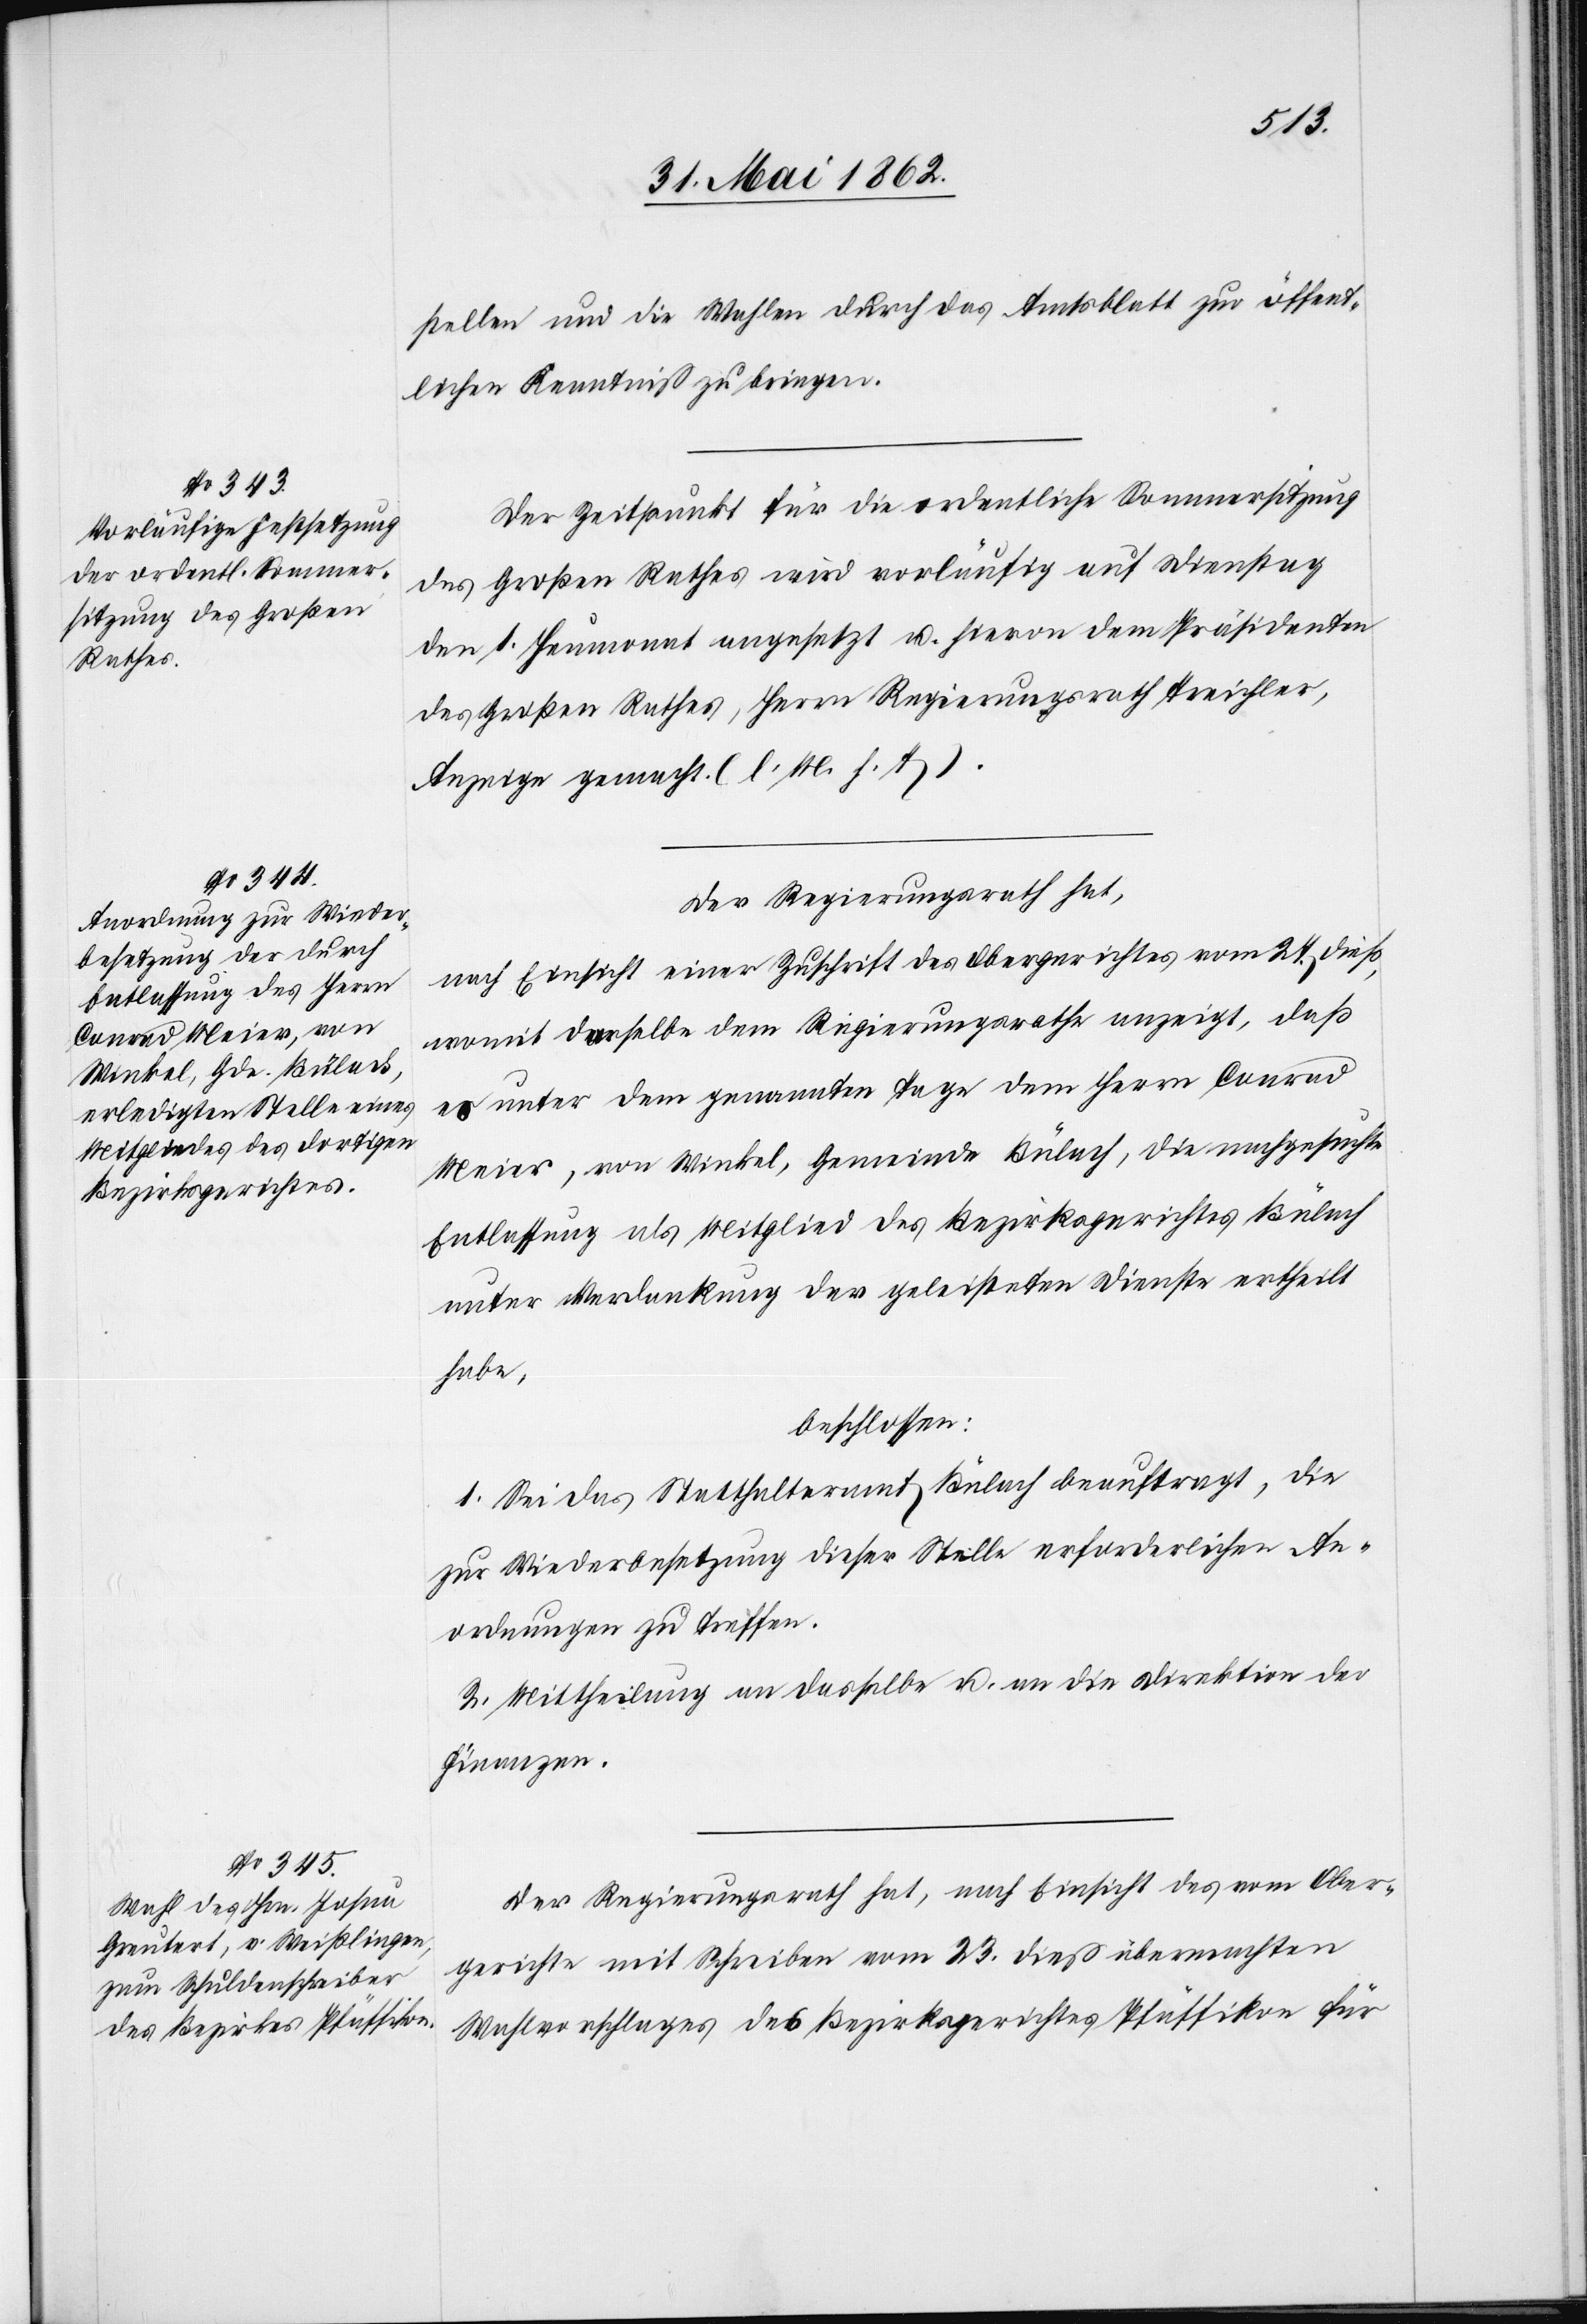
stellen und die Wahlen durch das Amtsblatt zur öffent¬
lichen Kenntniß zu bringen.
Der Zeitpunkt für die ordentliche Sommersitzung
des Großen Rathes wird vorläufig auf Dienstag
den 1. Heumonat angesetzt u. hievon dem Präsidenten
des Großen Rathes, Herrn Regierungsrath Treichler,
Anzeige gemacht. (l. M. h. T.).
Der Regierungsrath hat,
nach Einsicht einer Zuschrift des Obergerichtes vom 27. dieß,
womit derselbe dem Regierungsrathe anzeigt, daß
er unter dem genannten Tage dem Herrn Conrad
Meier, von Winkel, Gemeinde Bülach, die nachgesuchte
Entlassung als Mitglied des Bezirksgerichtes Bülach
unter Verdankung der geleisteten Dienste ertheilt
habe,
beschlossen:
1. Sei das Statthalteramt Bülach beauftragt, die
zur Wiederbesetzung dieser Stelle erforderlichen An¬
ordnungen zu treffen.
2. Mittheilung an dasselbe u. an die Direktion der
Finanzen.
Der Regierungsrath hat, nach Einsicht des vom Ober¬
gerichte mit Schreiben vom 23. dieß übermachten
Wahlvorschlages des Bezirksgerichtes Pfäffikon für